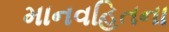
માનવહિતના